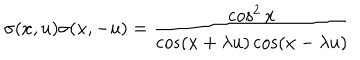
LaTeX: \sigma ( x , u ) \sigma ( x , - u ) = \frac { \cos ^ { 2 } x } { \cos ( x + \lambda u ) \cos ( x - \lambda u ) }